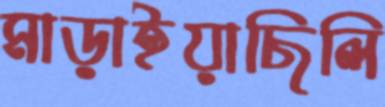
মাড়াইয়াছিলি